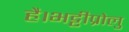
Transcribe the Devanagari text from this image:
है।भट्टीप्रोलु